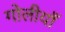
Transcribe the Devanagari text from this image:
गोलीयाँ